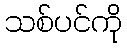
သစ်ပင်ကို